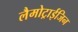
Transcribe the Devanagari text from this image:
लैमोट्राईजिन